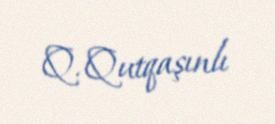
Q. Qutqaşınlı